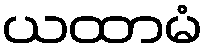
ယထာမံ